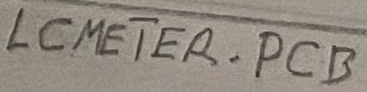
Text: LCMETER:PCB